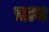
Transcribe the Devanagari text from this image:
त्राच